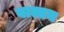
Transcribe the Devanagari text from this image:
वाल्डन